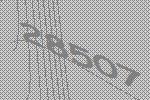
28507